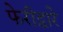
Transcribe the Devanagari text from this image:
फेरीद्वारे